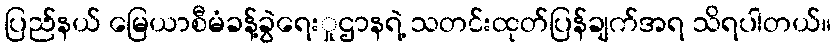
ပြည်နယ် မြေယာစီမံခန့်ခွဲရေးှုဌာနရဲ့ သတင်းထုတ်ပြန်ချက်အရ သိရပါတယ်။